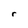
Character: r